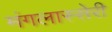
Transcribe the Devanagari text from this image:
मंगलास्सेरी